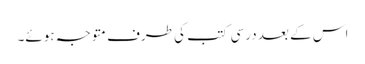
اس کے بعد درسی کتب کی طرف متوجہ ہوئے۔